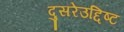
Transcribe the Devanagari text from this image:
दुसरेउद्दिष्ट